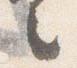
之